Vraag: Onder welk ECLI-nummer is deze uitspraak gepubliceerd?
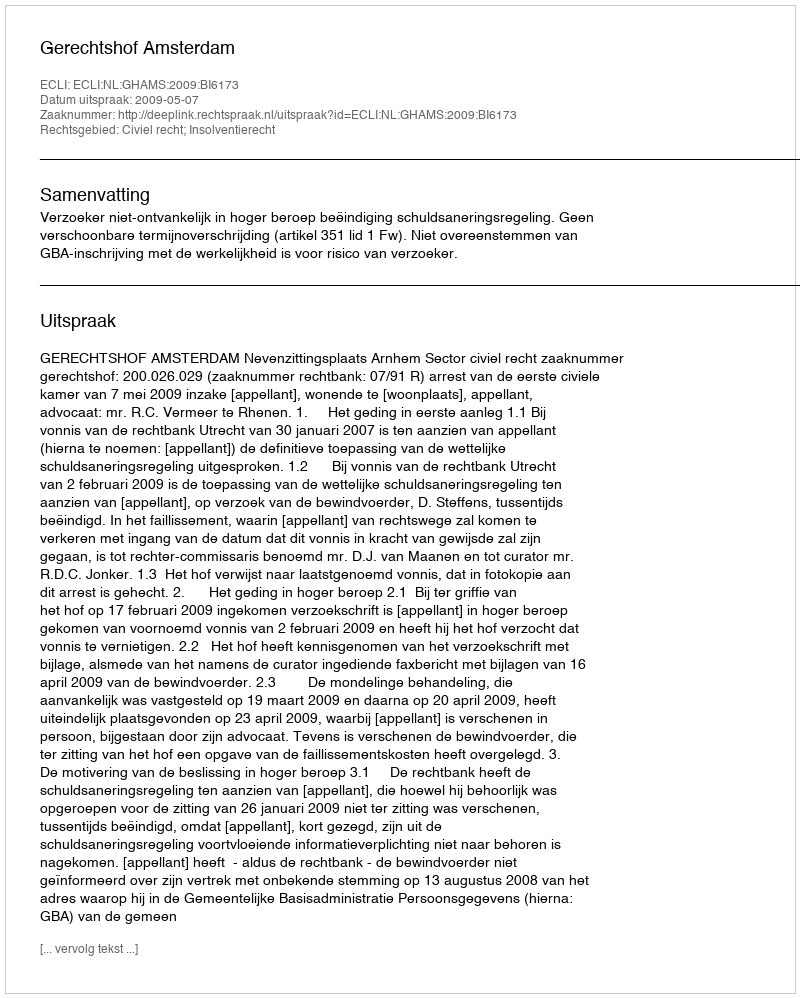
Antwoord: ECLI:NL:GHAMS:2009:BI6173